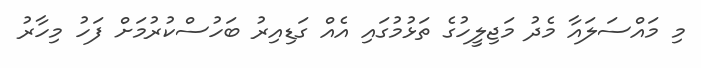
މި މައްސަލައާ މެދު މަޖިލީހުގެ ތަޅުމުގައި އެއް ގަޑިއިރު ބަހުސްކުރުމަށް ފަހު މިހާރު